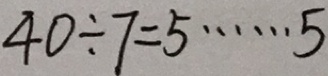
4 0 \div 7 = 5 \cdots 5